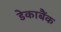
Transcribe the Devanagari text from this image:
डेकाबैंक